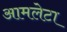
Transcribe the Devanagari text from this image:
आमलेटा